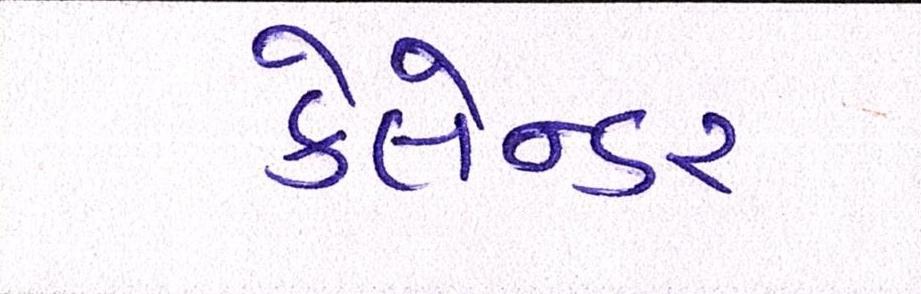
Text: કેલેન્ડર